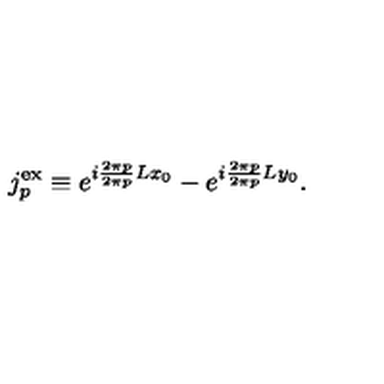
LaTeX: j _ { p } ^ { \mathrm { e x } } \equiv e ^ { i \frac { 2 \pi p } { 2 \pi p } { L } x _ { 0 } } - e ^ { i \frac { 2 \pi p } { 2 \pi p } { L } y _ { 0 } } .